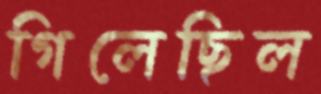
গিলেছিল